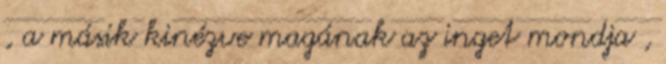
, a másik kinézve magának az inget mondja ,